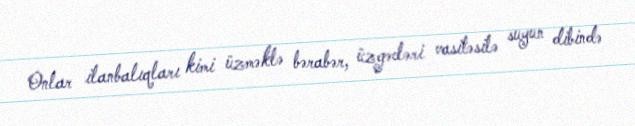
Onlar ilanbalıqları kimi üzməklə bərabər, üzgəcləri vasitəsilə suyun dibində